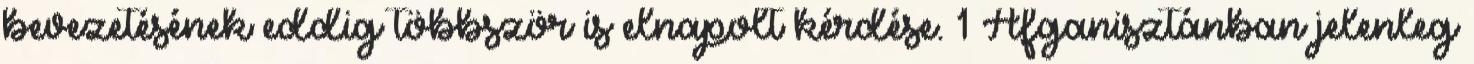
bevezetésének eddig többször is elnapolt kérdése. 1 Afganisztánban jelenleg